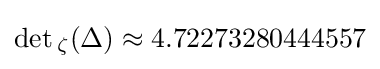
\det {}_{\zeta }(\Delta )\approx 4.72273280444557